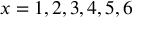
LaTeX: x = 1 , 2 , 3 , 4 , 5 , 6